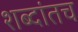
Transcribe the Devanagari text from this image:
शब्दांतच